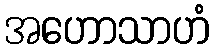
အဟောသာဟံ